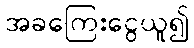
အခကြေးငွေယူ၍